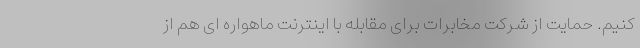
کنیم. حمایت از شرکت مخابرات برای مقابله با اینترنت ماهواره ای هم از